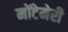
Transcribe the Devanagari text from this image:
मोंटेमेरी